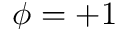
\phi = + 1